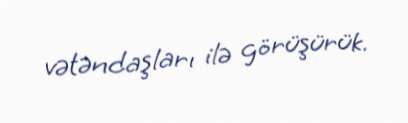
vətəndaşları ilə görüşürük.